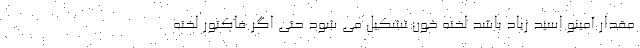
مقدار آمینو اسید زیاد باشد لخته خون تشکیل می شود حتی اگر فاکتور لخته